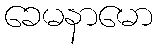
ခေမနာမော